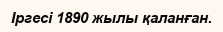
Іргесі 1890 жылы қаланған.